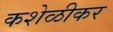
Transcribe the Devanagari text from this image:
कशेळीकर